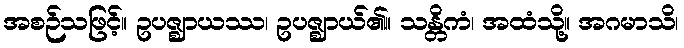
အစဉ်သဖြင့်။ ဥပဇ္ဈာယဿ၊ ဥပဇ္ဈာယ်၏။ သန္တိကံ၊ အထံသို့။ အဂမာသိ၊